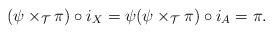
LaTeX: \begin{align*}(\psi\times_\mathcal{T} \pi) \circ i_X=\psi (\psi\times_\mathcal{T} \pi) \circ i_A=\pi.\end{align*}